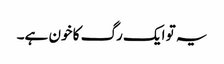
یہ تو ایک رگ کا خون ہے۔